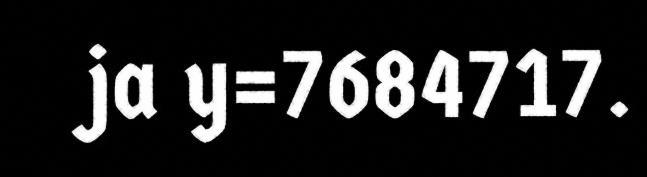
ja y=7684717.